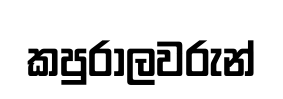
කපුරාලවරුන්